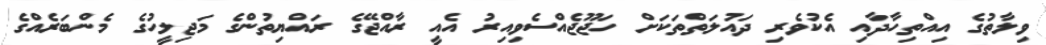
ވިލާތުގެ އިއްތިހާދާއި އެކުވެރި ދައުލަތްތަކަށް ހަޖޫޖެއްސެވިއިރު އެއީ ރާއްޖޭގެ ރައްޔިތުންގެ މަޖިލީހުގެ މެންބަރެއްގެ